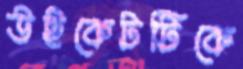
উইকেটটিকে